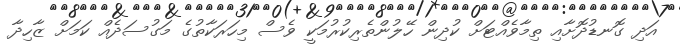
އަދި ގޮނޑުދޮށާއި ތިމާވެއްޓަށް ކުދިން ހޭލުންތެރިކުރުމަކީ ވެސް މިހަރަކާތުގެ މަގުސަދެއް ކަމަށް ޒާހިދާ